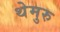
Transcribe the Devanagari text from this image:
थेमुरु